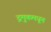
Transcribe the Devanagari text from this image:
द्रमुकमधून